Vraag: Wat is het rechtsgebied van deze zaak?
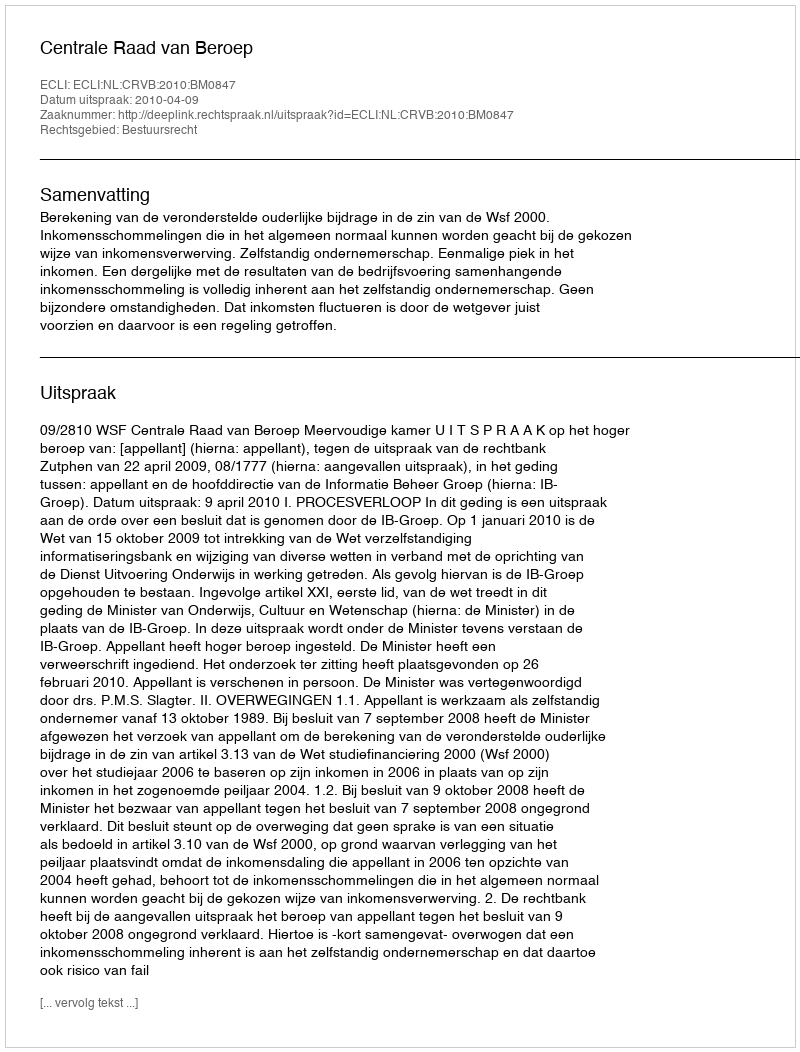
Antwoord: Bestuursrecht